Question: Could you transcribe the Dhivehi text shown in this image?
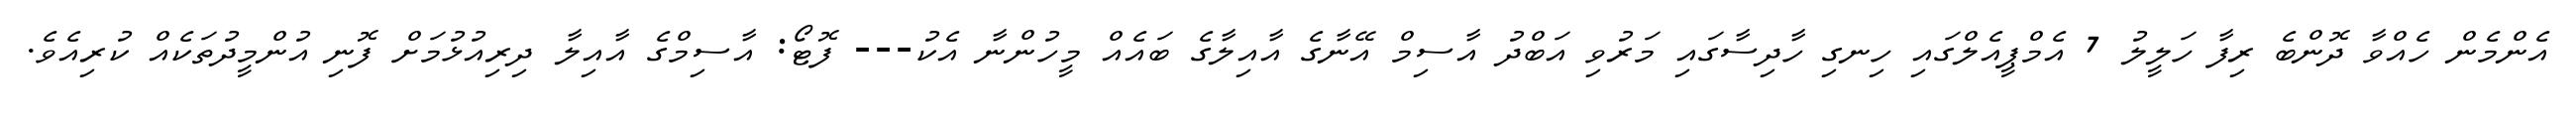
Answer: އެންމެން ހެއްވާ ދޮންބެ ރިފާ ހަލީލު 7 އެމްޕީއެލްގައި ހިނގި ހާދިސާގައި މަރުވި އަބްދު އާސިމް އޭނާގެ އާއިލާގެ ބައެއް މީހުންނާ އެކު--- ފޮޓޯ: އާސިމްގެ އާއިލާ ދިރިއުޅުމަށް ފޮނި އުންމީދުތަކެއް ކުރިއެވެ.